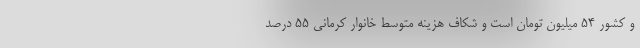
و کشور ۵۴ میلیون تومان است و شکاف هزینه متوسط خانوار کرمانی ۵۵ درصد